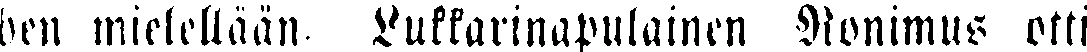
ben mielellään Lukkarinapulainen Ronimus otti